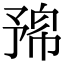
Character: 𠄛